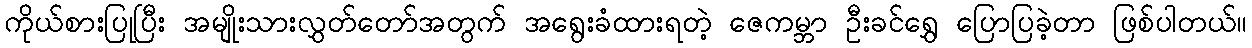
ကိုယ်စားပြုပြီး အမျိုးသားလွှတ်တော်အတွက် အရွေးခံထားရတဲ့ ဇေကမ္ဘာ ဦးခင်ရွှေ ပြောပြခဲ့တာ ဖြစ်ပါတယ်။